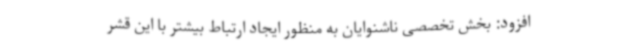
افزود: بخش تخصصی ناشنوایان به منظور ایجاد ارتباط بیشتر با این قشر